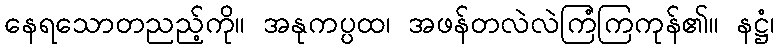
နေရသောတညည့်ကို။ အနုကပ္ပထ၊ အဖန်တလဲလဲကြံကြကုန်၏။ နဋ္ဌံ၊